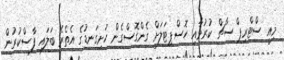
މިއީ ސްޓްރިޕް ސާޗް ކުރުމާއި ހޮސްޕިޓަލަށް ގެންގޮސްގެން ހަށިގަނޑުގެ އެތެރެ ބަލައި ފާސްކުރުން